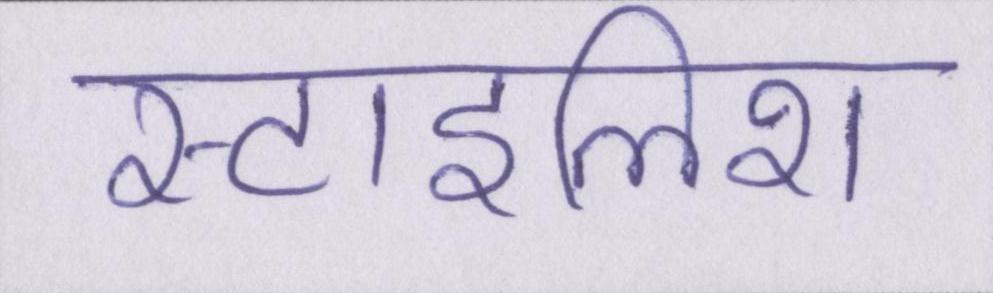
स्टाइलिश